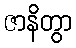
ဇာနိတွာ